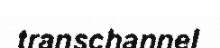
transchannel